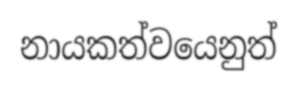
නායකත්වයෙනුත්